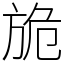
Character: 㫉